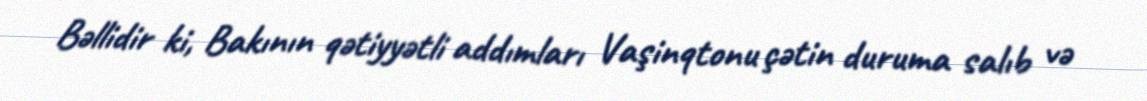
Bəllidir ki, Bakının qətiyyətli addımları Vaşinqtonu çətin duruma salıb və